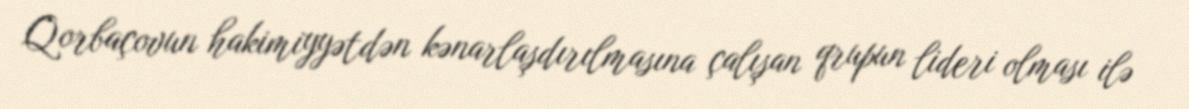
Qorbaçovun hakimiyyətdən kənarlaşdırılmasına çalışan qrupun lideri olması ilə